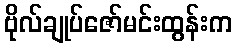
ဗိုလ်ချုပ်ဇော်မင်းထွန်းက